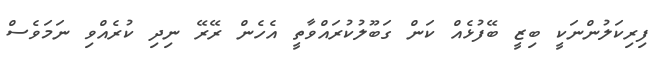
ފިރިކަލުންނަކީ ބިޒީ ބޭފުޅެއް ކަން ގަބޫލުކުރައްވާތީ އެހެން ރޭރޭ ނިދި ކުރެއްވި ނަމަވެސް